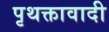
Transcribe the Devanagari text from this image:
पृथक्तावादी